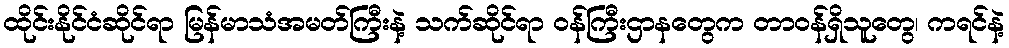
ထိုင်းနိုင်ငံဆိုင်ရာ မြန်မာသံအမတ်ကြီးနဲ့ သက်ဆိုင်ရာ ဝန်ကြီးဌာနတွေက တာဝန်ရှိသူတွေ၊ ကရင်နဲ့